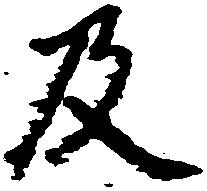
及